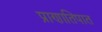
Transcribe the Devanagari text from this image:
प्राणातिपात